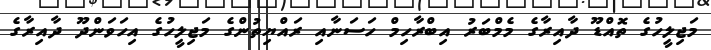
މަޖިލީހުގެ ތޮއްޑޫ ދާއިރާގެ މެމްބަރު އިބްރާހިމް ހަސަނާއި ރައްޔިތުންގެ މަޖިލީހުގެ އިހަވަންދޫ ދާއިރާގެ